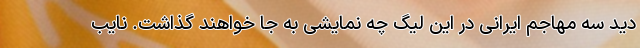
دید سه مهاجم ایرانی در این لیگ چه نمایشی به جا خواهند گذاشت. نایب